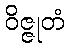
ဝိဇ္ဇုတံ